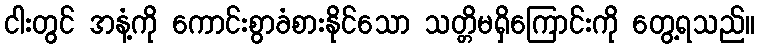
ငါးတွင် အနံ့ကို ကောင်းစွာခံစားနိုင်သော သတ္တိမရှိကြောင်းကို တွေ့ရသည်။